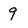
Character: 9